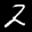
Label: 2